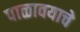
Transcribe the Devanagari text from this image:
पाळावयाचे